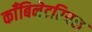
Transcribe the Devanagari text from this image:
काँबिनेटरियल